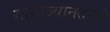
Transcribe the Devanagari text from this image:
साम्राज्यानंतरचे